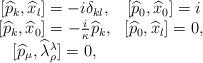
LaTeX: \begin{align*}\begin{array}{cc}\lbrack\widehat{p}_{k},\widehat{x}_{l}]=-i\delta_{kl},&\lbrack\widehat{p}_{0},\widehat{x}_{0}]= i \\\lbrack\widehat{p}_{k},\widehat{x}_{0}]=-{\frac{i}{\kappa}}\widehat{p}_{k}, & \lbrack\widehat{p}_{0},\widehat{x}_{l}]=0,\\ \lbrack\widehat{p}_{\mu},\widehat{\lambda}_{\rho}^{\lambda}]=0, &\end{array}\end{align*}